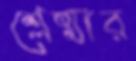
শ্লেষ্মার